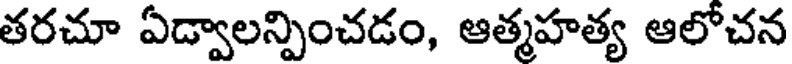
తరచూ ఏడ్వాలన్పించడం, ఆత్మహత్య ఆలోచన